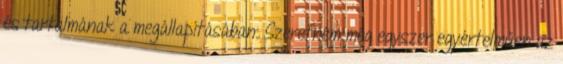
és tartalmának a megállapításában. Szeretném még egyszer egyértelműen az